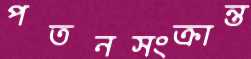
পতনসংক্রান্ত